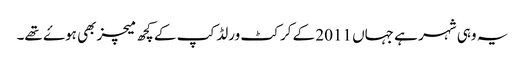
یہ وہی شہر ہے جہاں 2011 کے کرکٹ ورلڈ کپ کے کچھ میچز بھی ہوۓ تھے۔